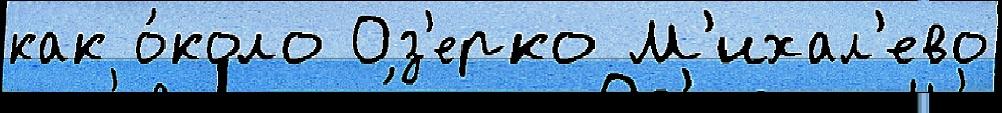
как о́коло Оз'ерко М'ихал'ево